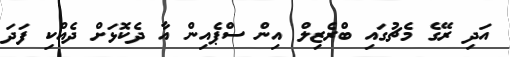
އަދި ރޭގެ މެޗުގައި ބްރެޒިލް އިން ސްޕެއިން އާ ދެކޮޅަށް ދެއްކި ފަދަ